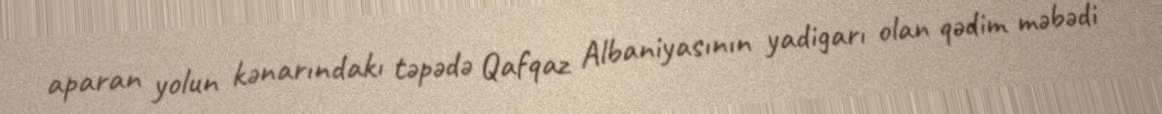
aparan yolun kənarındakı təpədə Qafqaz Albaniyasının yadigarı olan qədim məbədi